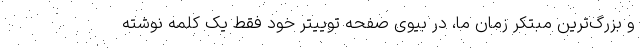
و بزرگ‌ترین مبتکر زمان ما، در بیوی صفحه توییتر خود فقط یک کلمه نوشته